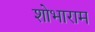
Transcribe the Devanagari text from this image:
शोभाराम